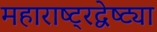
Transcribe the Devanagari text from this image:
महाराष्ट्रद्वेष्ट्या